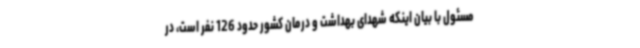
مسئول با بیان اینکه شهدای بهداشت و درمان کشور حدود 126 نفر است، در